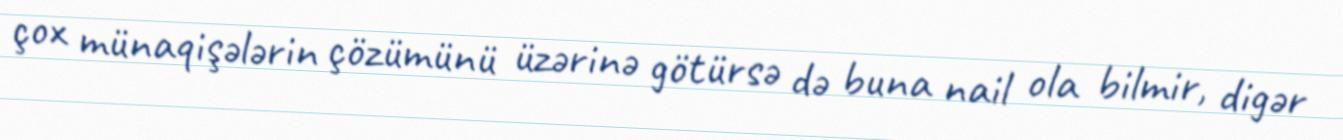
çox münaqişələrin çözümünü üzərinə götürsə də buna nail ola bilmir, digər